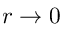
r \to 0